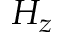
H _ { z }